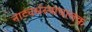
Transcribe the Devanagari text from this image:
नाट्यसंस्थाचालक